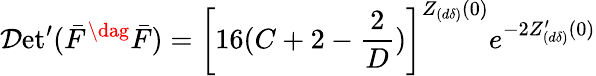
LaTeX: {\cal D}\mathrm{et}^{\prime}(\bar{F}^{\dag}\bar{F})=\left[16(C+2-\frac{2}{D})\right]^{Z_{(d\delta)}(0)}e^{-2Z_{(d\delta)}^{\prime}(0)}